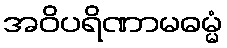
အဝိပရိဏာမဓမ္မံ